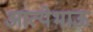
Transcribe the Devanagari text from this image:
आत्येभाऊ